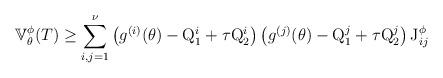
LaTeX: \begin{align*}\mathbb{V}^{\phi}_\theta(T) \geq \sum_{i,j=1}^{\nu} \left( g^{(i)}(\theta)-{\rm Q}_1^i + \tau {\rm Q}_2^i \right) \left( g^{(j)}(\theta)-{\rm Q}_1^j + \tau {\rm Q}_2^j \right) {\rm J}^{\phi}_{ij} \end{align*}